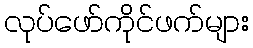
လုပ်ဖော်ကိုင်ဖက်များ